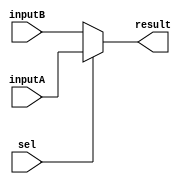
module mux (
    output  wire    result,

    input   wire    inputA,
    input   wire    inputB,
    input   wire    sel
);

assign  result  = (sel) ? inputA : inputB;
    
endmodule